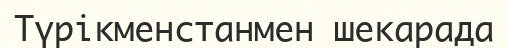
Түрікменстанмен шекарада